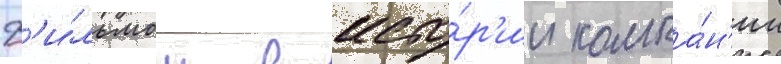
ф'и́льмом в исто́р'ии компа́н'ии